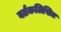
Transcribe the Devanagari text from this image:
वर्तकलिखित